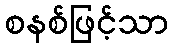
စနစ်ဖြင့်သာ